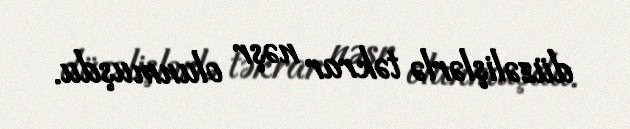
düzəlişlərlə təkrar nəşr olunmuşdu.